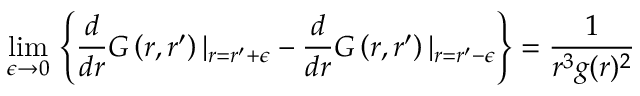
\operatorname * { l i m } _ { \epsilon \to 0 } \, \left\{ \frac { d } { d r } G \left( r , r ^ { \prime } \right) \vert _ { r = r ^ { \prime } + \epsilon } - \frac { d } { d r } G \left( r , r ^ { \prime } \right) \vert _ { r = r ^ { \prime } - \epsilon } \right\} = \frac { 1 } { r ^ { 3 } g ( r ) ^ { 2 } }